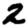
Digit: 2